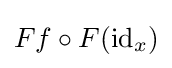
Ff\circ F(\operatorname {id} _{x})